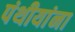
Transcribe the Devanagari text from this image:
पंथीयांना